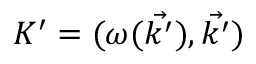
K ^ { \prime } = ( \omega ( { \vec { k ^ { \prime } } } ) , { \vec { k ^ { \prime } } } )